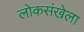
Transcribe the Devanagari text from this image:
लोकसंखेला